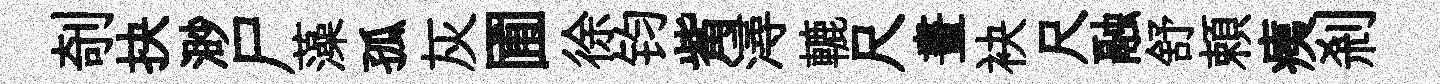
剞抉渺尸藻孤灰圃徐钧觜潯轆尺晝袂尺融舒頼痍剎